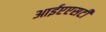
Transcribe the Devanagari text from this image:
आईएएसटी